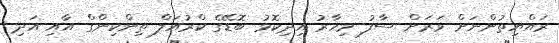
ރައްޔިތުންނަށް ވަރަށް ސާފު މިހާރު އިދިކޮޅު ބޮޑޭގެ ކްރުއަލް ތިންކިންގް އާއި އަދި